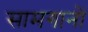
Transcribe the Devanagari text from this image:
सामगानों